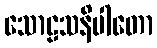
သောဠသနိပါတော